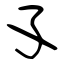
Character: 孓